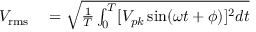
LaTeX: \begin{array} { r l } { V _ { \mathrm { r m s } } } & { { } = { \sqrt { { \frac { 1 } { T } } \int _ { 0 } ^ { T } [ { V _ { p k } \sin ( \omega t + \phi ) ] ^ { 2 } d t } } } } \end{array}